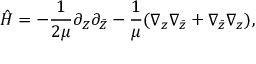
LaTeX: \hat { H } = - { \frac { 1 } { 2 \mu } } \partial _ { Z } \partial _ { \bar { Z } } - \frac { 1 } { \mu } ( \nabla _ { z } \nabla _ { \bar { z } } + \nabla _ { \bar { z } } \nabla _ { z } ) ,